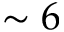
\sim 6